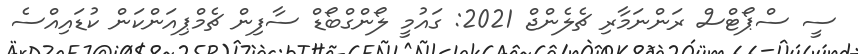
ސީ ސްޕޯޓްސް ރަންނަމާރި ޗެލެންޖް 2021: ގައުމީ ލޯންގްބޯޑް ސާފިން ޗެމްޕިއަންކަން ކުޑައިއްސެ